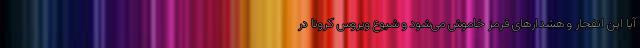
آیا این انفجار و هشدارهای قرمز خاموش می‌شود و شیوع ویروس کرونا در